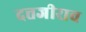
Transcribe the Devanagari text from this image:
दत्तजीराव